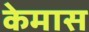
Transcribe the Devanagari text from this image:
केमास